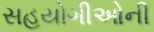
સહયોગીઓની